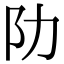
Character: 阞